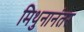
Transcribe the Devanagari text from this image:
मिथुनानंतर